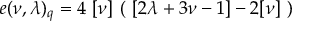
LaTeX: e ( \nu , \lambda ) _ { q } = 4 \ [ \nu ] \ ( \ [ 2 \lambda + 3 \nu - 1 ] - 2 [ \nu ] \ )